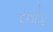
રસોડા